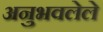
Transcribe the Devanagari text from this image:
अनुभवलेले